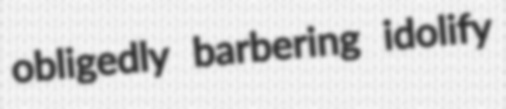
obligedly barbering idolify